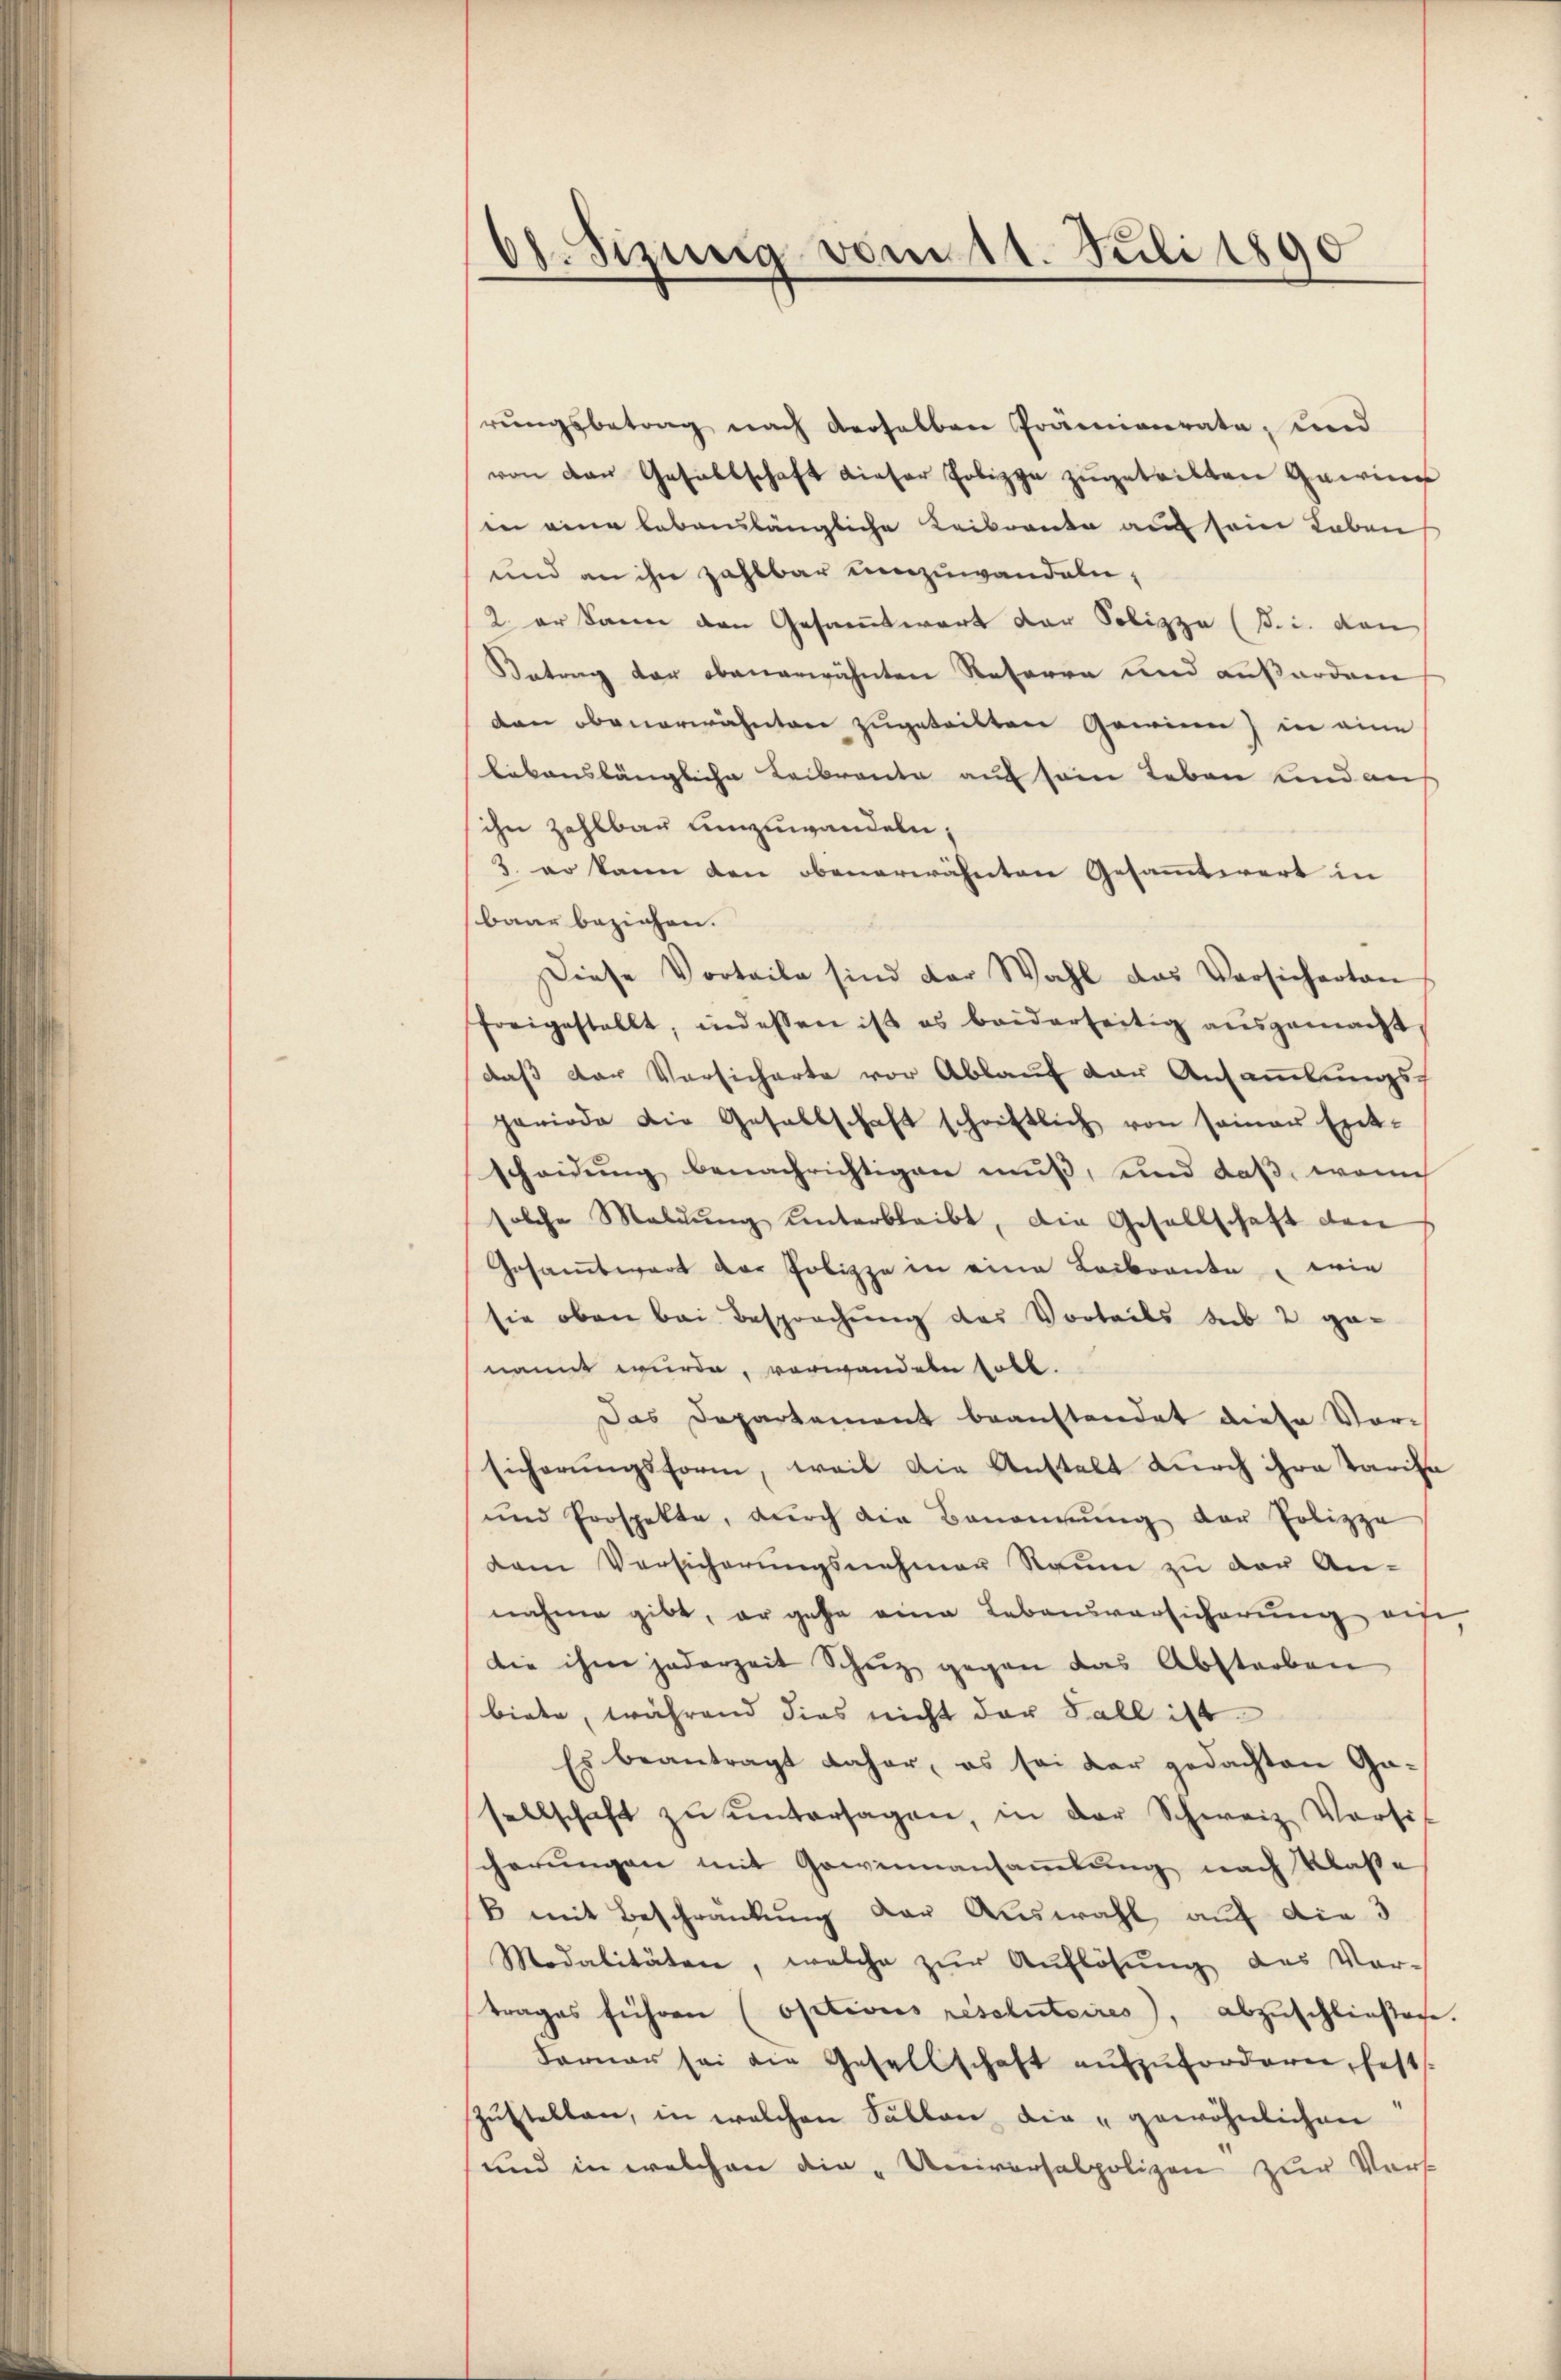
bl. Sizung vom 11. Juli 1890

rŭngsbetrag nach derselben Prämienrate, und
von den Gesellschaft dieser Polizza zugeteilten Gawine
in eine lebenslängliche Leibrente auf sein Leben
und an ihn zahlbar umzuwandeln,
2. er kann den Gesammtwart der Solizza (B. c. den
Betrag der obenerwähnten Referen und außordnen
den obenerwähnten zugeteilten Gewinn) in eine
lebenslängliche Leibrante auf sein Leben und auf
ihn zahlbau umzuwandeln,
3. er kann den obenerwähnten Gesammtwert in
bauer beziehen. |
Diese Vorteile sind der Wahl das Versicherten
freigestellt, indessen ist es beiderseitig ausgemacht
daß der Vorsicherte vor Ablauf der Ansammlungs-
periode die Gesellschaft schriftlich von seiner Ent-
scheidung benachrichtigen muß, und daß, womi
solche Maldŭng ŭnterbleibt, die Gesellschaft den
Gesamtwart der Polizze in eine Leibrente, wie
sie oben bei Besprochung des Vorteils sub 2 ge-
nannt wurde, vorwandeln soll.
Das Departement beanstandet diese Vorsicherungsform, weil die Anstalt durch ihre Tarife
und Prospekte, durch die Benennung der Polizza
dem Versicherungsnehmer Raum zu der An-
nahme gibt, er gehe eine Lebensversicherŭng auf,
die ihm jederzeit Schuz gegen das Abstorben
biete, während dies nicht der Fall ist
Es beantragt daher, es sei der gedachten Ga-
sellschaft zŭ ŭntersagen, in der Schweiz. Vorsit
cherungen mit Gewinnausammlung nach Klaße
B mit Beschränkung der Auswahl auf die 3
Modalitäten, welche zur Auflösung des Vor-
trages führen (options résolutoires, abzuschließen.
Ferner sei die Gesellschaft aŭfzŭfordern, fest
zŭstellen, in welchen Sallen die „gewöhnlichen
und in welchen die „Universalpolizen zur Vors